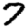
Digit: 7